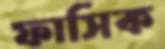
ফাসিক